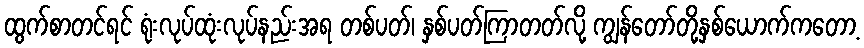
ထွက်စာတင်ရင် ရုံးလုပ်ထုံးလုပ်နည်းအရ တစ်ပတ်၊ နှစ်ပတ်ကြာတတ်လို့ ကျွန်တော်တို့နှစ်ယောက်ကတော့